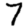
Digit: 7